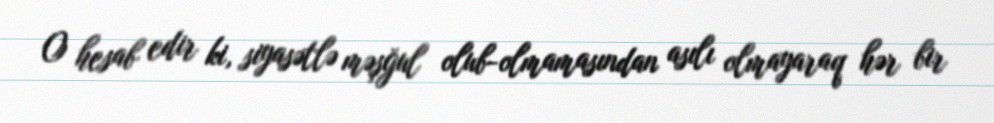
O hesab edir ki, siyasətlə məşğul olub-olmamasından asılı olmayaraq hər bir